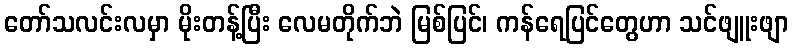
တော်သလင်းလမှာ မိုးတန့်ပြီး လေမတိုက်ဘဲ မြစ်ပြင်၊ ကန်ရေပြင်တွေဟာ သင်ဖျူးဖျာ